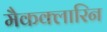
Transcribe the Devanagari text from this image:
मैकक्लारिन